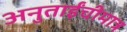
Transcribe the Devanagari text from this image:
अनुताईंचीमात्र